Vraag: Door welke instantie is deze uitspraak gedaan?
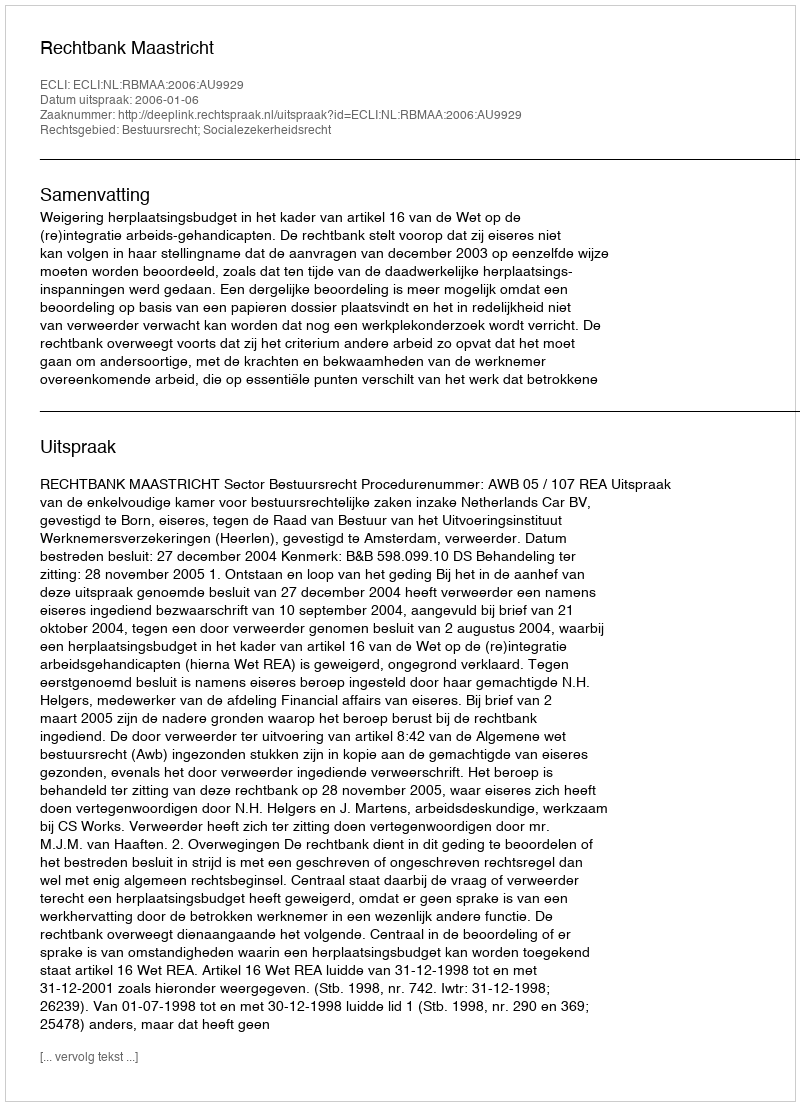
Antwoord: Rechtbank Maastricht